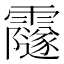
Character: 𩆰